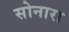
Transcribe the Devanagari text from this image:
सोनारा